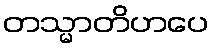
တသ္မာတိဟပေ